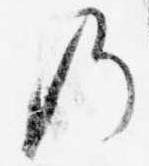
の